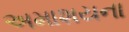
અમાશયના